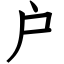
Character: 户